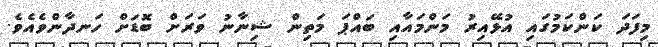
މިފަދަ ކަންކަމުގައި އުޅޭއިރު މަންމައާއި ބައްޕަ މަތިން ޝިނާނު ވަރަށް ބޮޑަށް ހަނދާންވެއެވެ.